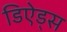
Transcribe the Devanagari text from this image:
डिऐड्स